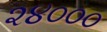
૨૪૦૦૦